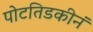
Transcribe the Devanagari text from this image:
पोटतिडकीनं